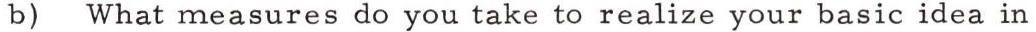
b) What measures do you take to realize your basic idea in